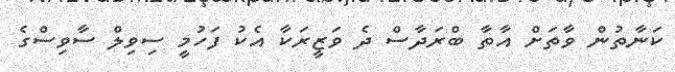
ކަނާތުން ވާތަށް އާތާ ބްރަދާސް ދެ ވަޒީރަކާ އެކު ފަހުމީ ސިވިލް ސާވިސްގެ